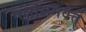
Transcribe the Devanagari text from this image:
पक्षांसमवेत